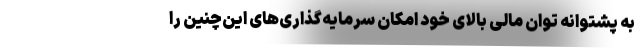
به پشتوانه توان مالی بالای خود امکان سرمایه‌گذاری‌های این‌چنین را